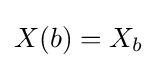
X(b)=X_{b}